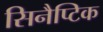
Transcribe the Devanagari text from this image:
सिनैप्टिक